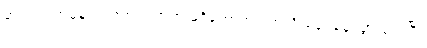
ဓားတွင် အမှန်ပင် အစင်း အရာ မရှိတော့ဘဲ ပကတိ ချောမွေ့သွားလေပြီ။